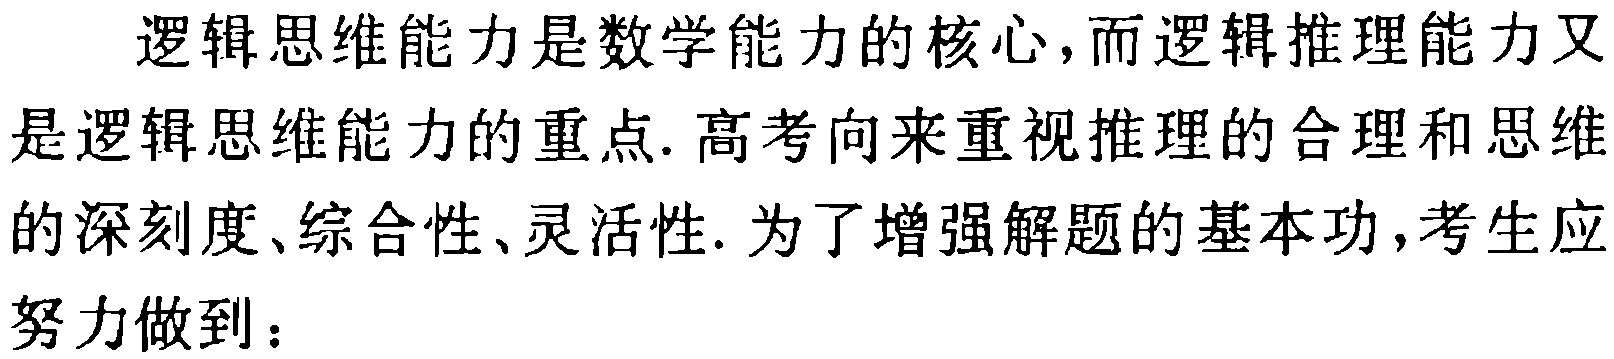
逻辑思维能力是数学能力的核心,而逻辑推理能力又是逻辑思维能力的重点. 高考向来重视推理的合理和思维的深刻度、综合性、灵活性. 为了增强解题的基本功,考生应努力做到：